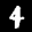
Label: 4